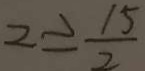
2 \geq \frac { 1 5 } { 2 }